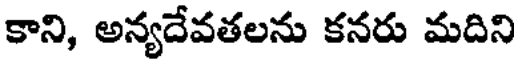
కాని, అన్యదేవతలను కనరు మదిని